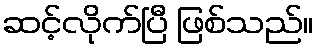
ဆင့်လိုက်ပြီ ဖြစ်သည်။